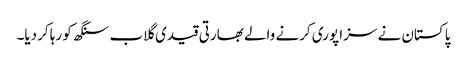
پاکستان نے سزا پوری کرنے والے بھارتی قیدی گلاب سنگھ کو رہا کردیا۔